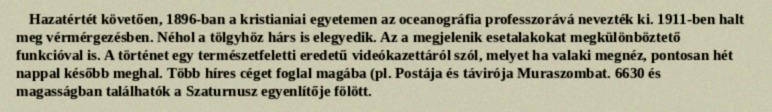
Hazatértét követően, 1896-ban a kristianiai egyetemen az oceanográfia professzorává nevezték ki. 1911-ben halt meg vérmérgezésben. Néhol a tölgyhöz hárs is elegyedik. Az a megjelenik esetalakokat megkülönböztető funkcióval is. A történet egy természetfeletti eredetű videókazettáról szól, melyet ha valaki megnéz, pontosan hét nappal később meghal. Több híres céget foglal magába (pl. Postája és távirója Muraszombat. 6630 és magasságban találhatók a Szaturnusz egyenlítője fölött.